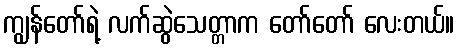
ကျွန်တော်ရဲ့ လက်ဆွဲသေတ္တာက တော်တော် လေးတယ်။